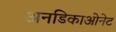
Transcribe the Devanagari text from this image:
अनडिकाओनेट